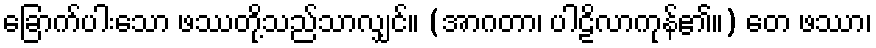
ခြောက်ပါးသော ဖဿတို့သည်သာလျှင်။ (အာဂတာ၊ ပါဠိလာကုန်၏။) တေ ဖဿာ၊